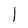
Character: 1